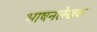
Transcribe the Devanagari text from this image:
भाषनलेखक